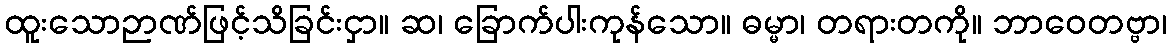
ထူးသောဉာဏ်ဖြင့်သိခြင်းငှာ။ ဆ၊ ခြောက်ပါးကုန်သော။ ဓမ္မာ၊ တရားတကို။ ဘာဝေတဗ္ဗာ၊